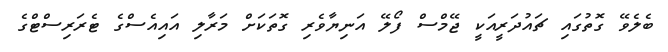
ބެލެވޭ ގޮތުގައި ޗައުދަރީއަކީ ޖޭމްސް ފޯލޭ އަނިޔާވެރި ގޮތަކަށް މަރާލި އައިއެސްގެ ޓެރަރިސްޓްގެ